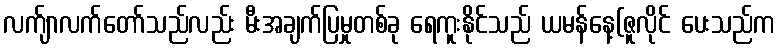
လက်ျာလက်တော်သည်လည်း မီးအချက်ပြမှုတစ်ခု ရေကူးနိုင်သည် ယမန်နေ့(ဇူလိုင် ပေးသည်က